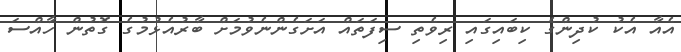
އެއާ އެކު ކުދިންގެ ކިބައިގައި ރިވެތި ސިފަތައް އަށަގެންނެވުމަށް ބާރުއެޅުމުގެ ގޮތުން ހާއްސަ